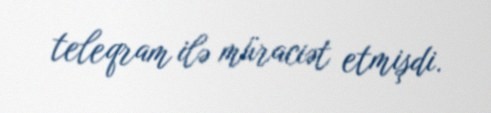
teleqram ilə müraciət etmişdi.